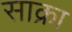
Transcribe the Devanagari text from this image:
साक्रा